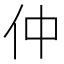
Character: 仲